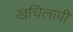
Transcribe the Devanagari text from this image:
खचिलापी